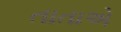
તાતાએ